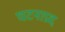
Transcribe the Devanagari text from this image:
घटनाप्रद